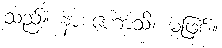
သည်။ နာ ဟောသိ၊ မဖြစ်။